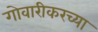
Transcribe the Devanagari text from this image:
गोवारीकरच्या